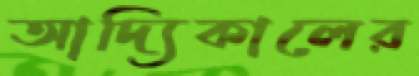
আদ্যিকালের